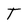
Character: T